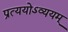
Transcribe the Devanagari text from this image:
प्रत्ययोऽव्ययम्